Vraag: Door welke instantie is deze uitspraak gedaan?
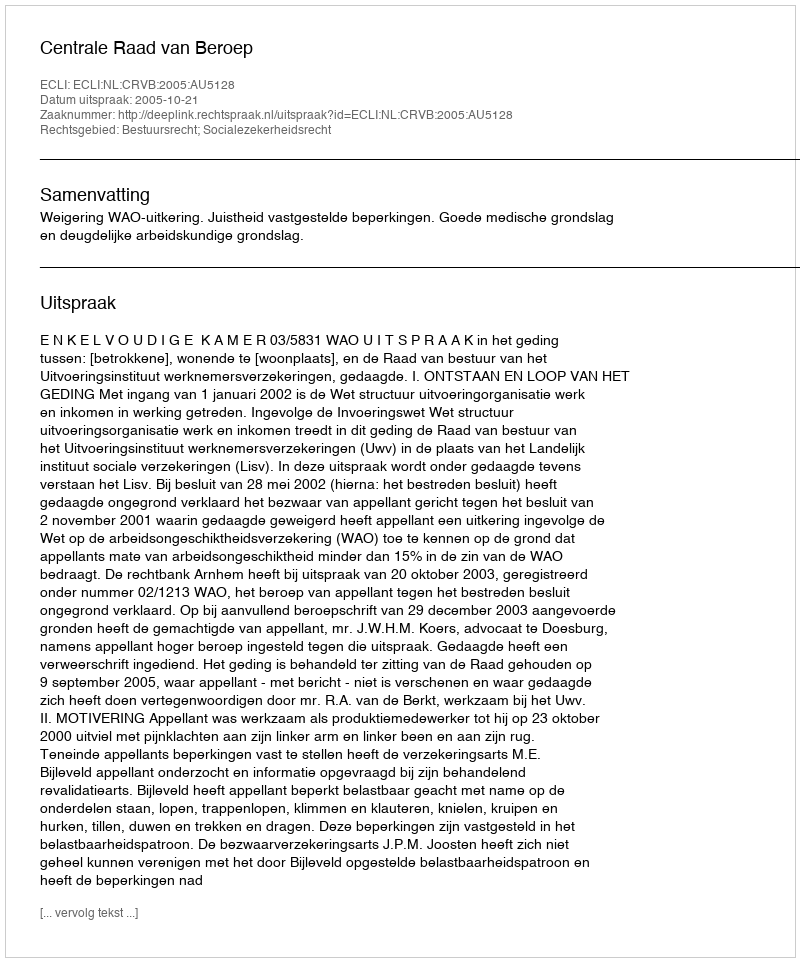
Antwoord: Centrale Raad van Beroep